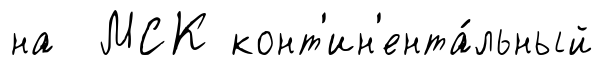
на МСК конт'ин'ента́льный